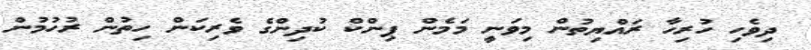
ދިވެހި ހުރިހާ ރައްޔިތުން މިވަނީ މަމެން ޕިންކް ކުދިންގެ ވެރިކަން ހިތުން ރުހުމުން